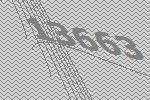
13663